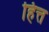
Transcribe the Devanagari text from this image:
हित्त